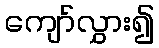
ကျော်လွှား၍